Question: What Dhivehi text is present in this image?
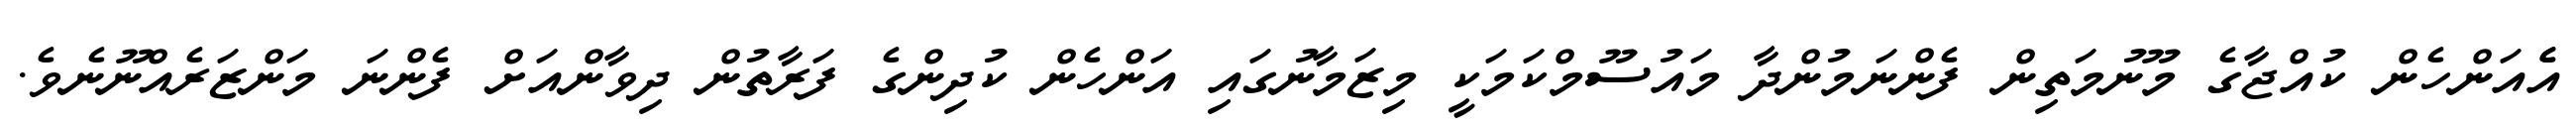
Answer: އެެއަންހެން ކުއްޖާގެ މޫނުމަތިން ފެންނަމުންދާ މައުސޫމްކަމަކީ މިޒަމާނުގައި އަންހެން ކުދިންގެ ފަރާތުން ދިވާންއަށް ފެންނަ މަންޒަރެއްނޫނެވެ.